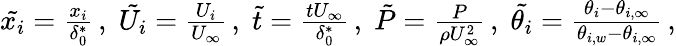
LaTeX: \begin{array}{r}{\tilde{{x}_{i}}=\frac{x_{i}}{\delta_{0}^{*}}\, ,\; \tilde{{U}_{i}}=\frac{U_{i}}{U_{\infty}}\, ,\; \tilde{t}=\frac{tU_{\infty}}{\delta_{0}^{*}}\, ,\; \tilde{P}=\frac{P}{\rho U_{\infty}^{2}}\, ,\; \tilde{{\theta}_{i}}=\frac{\theta_{i}-\theta_{i,\infty}}{\theta_{i,w}-\theta_{i,\infty}}\, ,}\end{array}